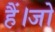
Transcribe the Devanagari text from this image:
हैं।जो